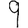
Digit: 9